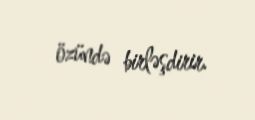
özündə birləşdirir.